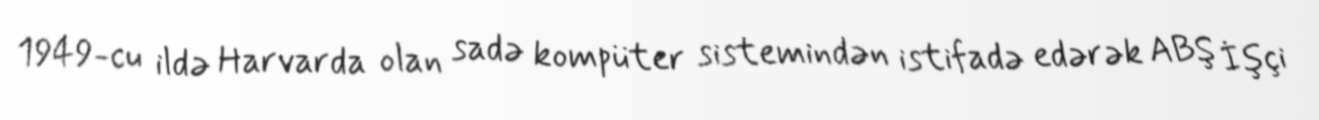
1949-cu ildə Harvarda olan sadə kompüter sistemindən istifadə edərək ABŞ İşçi